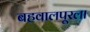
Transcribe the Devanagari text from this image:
बहवालपूरला